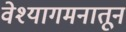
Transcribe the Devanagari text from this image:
वेश्यागमनातून